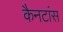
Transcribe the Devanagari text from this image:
कैनटांस